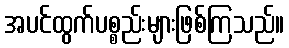
အပင်ထွက်ပစ္စည်းများဖြစ်ကြသည်။